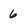
Character: 6